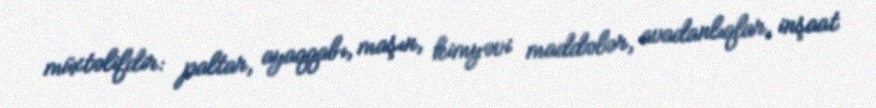
müxtəlifdir: paltar, ayaqqabı, maşın, kimyəvi maddələr, avadanlıqlar, inşaat